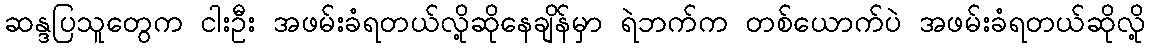
ဆန္ဒပြသူတွေက ငါးဦး အဖမ်းခံရတယ်လို့ဆိုနေချိန်မှာ ရဲဘက်က တစ်ယောက်ပဲ အဖမ်းခံရတယ်ဆိုလို့